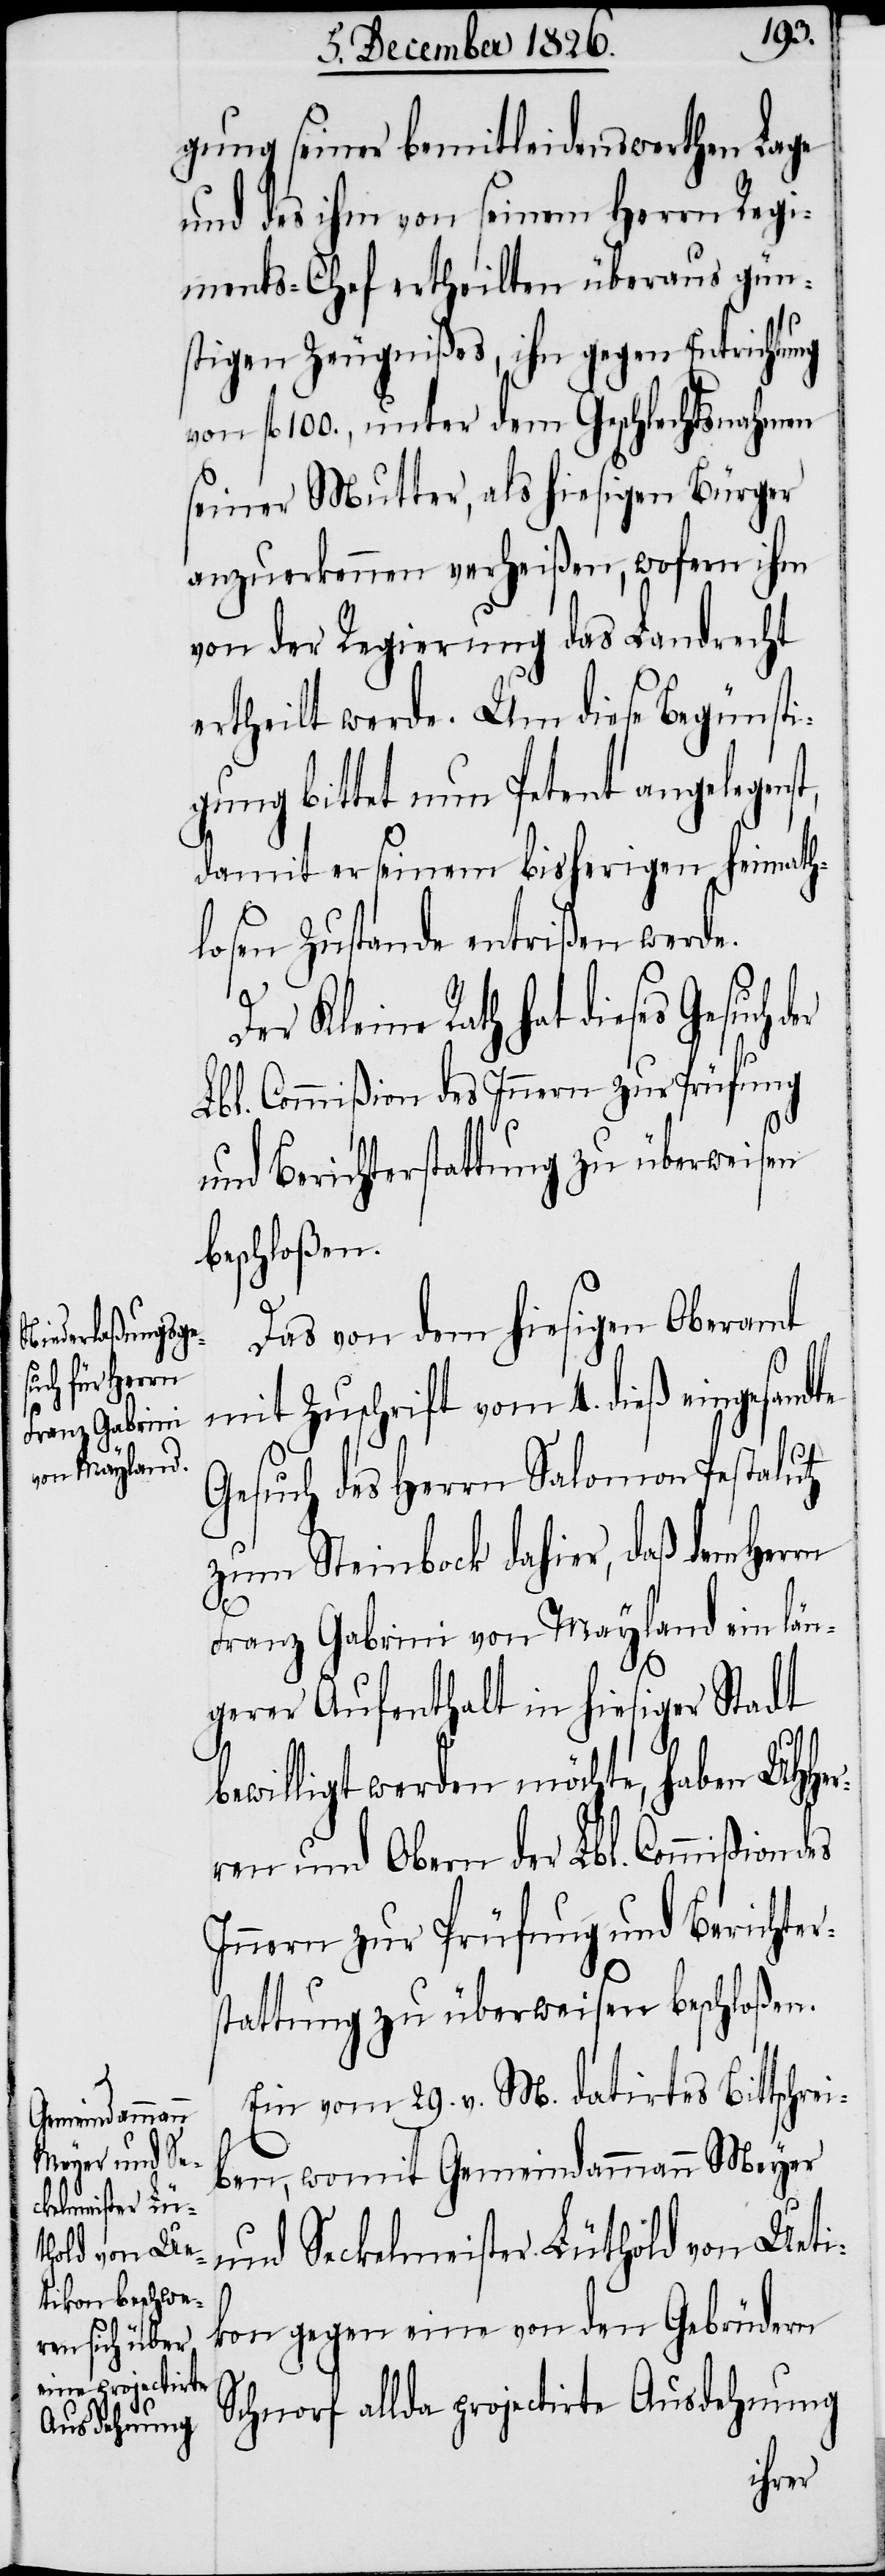
gung seiner bemitleidenswerthen Lage
und des ihm von seinem Herrn Regi¬
ments-Chef ertheilten überaus gün¬
stigen Zeugnißes, ihn gegen Entrichtung
von fl. 100., unter dem Geschlechtsnahmen
seiner Mutter, als hiesigen Bürger
anzuerkennen verheißen, wofern ihm
von der Regierung das Landrecht
ertheilt werde. Um diese Begünsti¬
gung bittet nun Petent angelegens¬
damit er seinem bisherigen heimath¬
losen Zustande entrißen werde.
er Kleine Rath hat dieses Gesuch
Lbl. Commißion des Innern zur Prüfung
und Berichterstattung zu überweisen
beschloßen.
Das von dem hiesigen Oberamt
mit Zuschrift vom 4. dieß eingesandte
Gesuch des Herrn Salomon Pestalutz
zum Steinbock dahier, daß dem Herrn
Franz Gabrini von Mayland ein län¬
b¬
gerer Aufenthalt in hiesiger Stadt
ewilligt werden möchte, haben UHHer¬
ren und Obern der Lbl. Commißion des
Innern zur Prüfung und Berichter¬
stattung zu überweisen beschloßen.
Ein vom 29. v. M. datirtes Bittschre¬
iben, womit Gemeindammann Meyer
und Seckelmeister Lüthold von Ueti¬
kon gegen eine von den Gebrüdern
Schnorf allda projectirte Ausdehnung